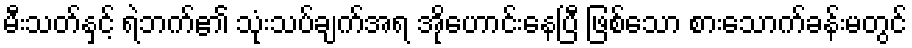
မီးသတ်နှင့် ရဲဘက်၏ သုံးသပ်ချက်အရ အိုဟောင်းနေပြီ ဖြစ်သော စားသောက်ခန်းမတွင်